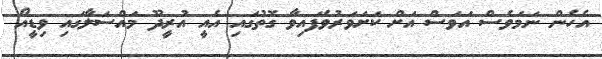
އެހެން ނަމަވެސް އަވަސް އަށް ކަށަވަރުވެފައިވާ ގޮތުގައި އެއީ އުރީދޫ މައްސަލާގައި ވިޑީއޯ